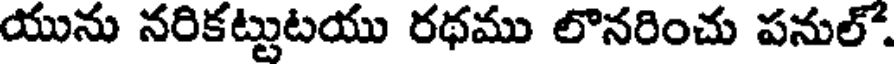
యును నరికట్టుటయు రథము లొనరించు పనుల్.